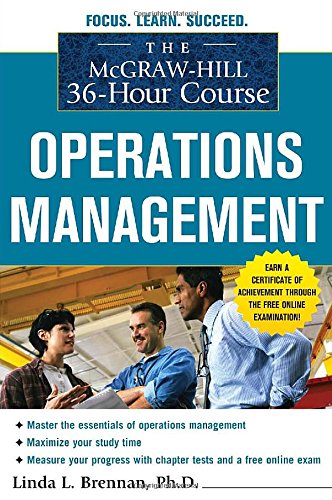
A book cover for The McGraw-Hill 36-Hour Course: Operations Management (McGraw-Hill 36-Hour Courses); Linda Brennan; Business & Money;